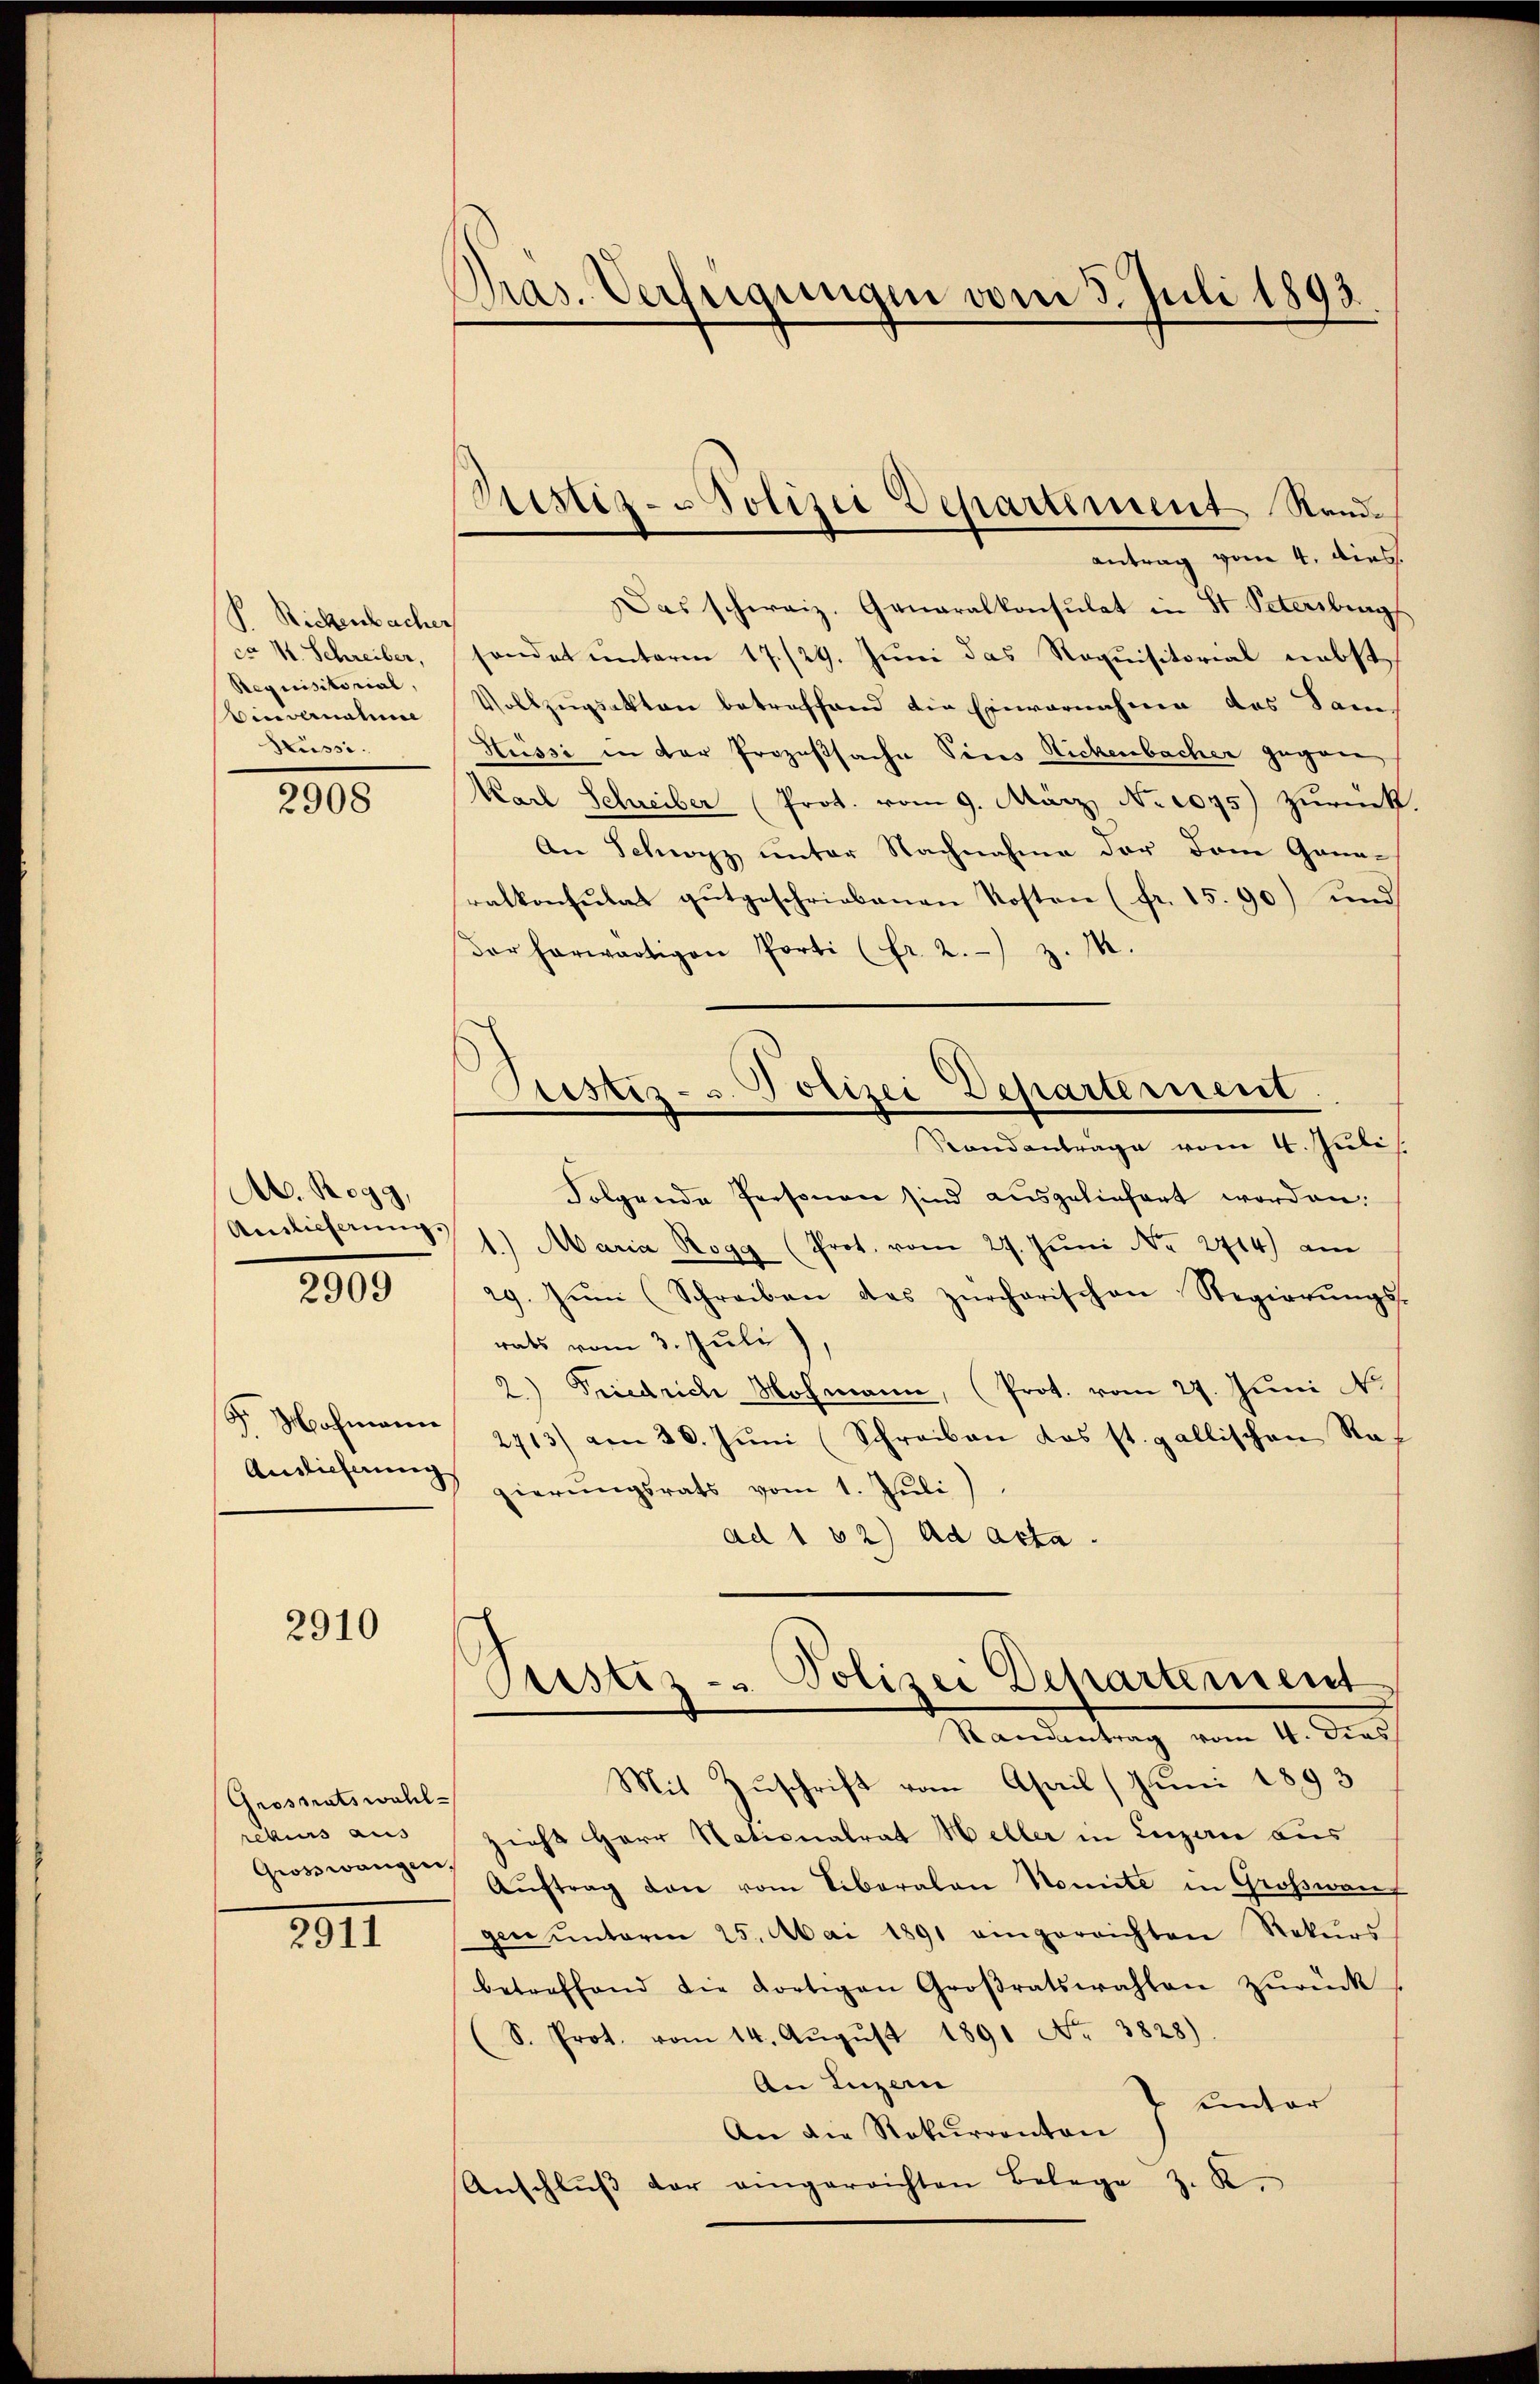
P. Rickenbacher
ca 4. Schreiber,
Requisitorial,
Binvernahme
Küssi¬

2908

Ab. Rogg,
Auslicherung.

2909

F. Mohmann
Auslieferung

2910

Grossratswahl-
rekurs aus
Grosswangen

2911

Pras. Verfügungen vom 3. Juli 1893.

Das schweiz. Generalkonsulat in St. Petersburg
sondet unterm 17./29. Juni das Requisitorial nebst
Vollzugsakten betreffend die Einvernahmen das Sam
Hüssi in der Prozeßsache Vices Rickenbacher gegen
Karl Schreiber (Prot. vom 9. März No 1095) zurück
An Schwyz unter Nachnahme der dem Gana-
ralkonsulat gutgeschriebenen Kosten (fr. 15. 90) und
dar herwärtigen Porti (fr. 2.) z. M.
Folgende Personen sind ausgeliefert worden.
1.) Maria Rogg (Prot. vom 27. Jŭni No 214) am
29. Jŭm (Schreiben das zürcherischen Regierŭngs-
rats vom 3. Juli
2.) Friedrich Mohmann, (Prot. vom 27. Juni No
2713) am 30. Jŭni (Schreiben das st. gallischen Rat
gierŭngsrats vom 1. Jŭli)
ad 102) ad acta.
Cristiz - Polizei Departement
Mandertung vom 4. Ders
Mit Zuschrift vom Asail ( Juni 1893
zieht Herr Nationalrat Heller in Luzern aus
Aŭftrag von vom Liberalon Nomite in Großwarf
gen unterm 25. Mai 1891 eingereichten Rekŭrs
betreffend die dortigen Großratswahlen zŭrück
S. Prot. vom 14. Aŭgŭst 1891 No 3828)
An Luzern
 unter
An die Rekurrenten
Anschlŭβ der eingerrichten Belege z. R.

Ristiz- u Polizei Departement Standantrag vom 4. dies

Justiz- u. Polizei Departement.
Standantrage vom 4. Juli.